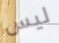
ليس